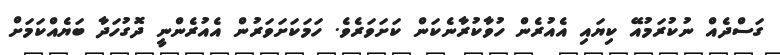
ގަސްދެއް ނުކުރަމުއޭ ކިޔައި އެއުރެން ހުވާކުރާނެކަން ކަށަވަރެވެ. ހަމަކަށަވަރުން އެއުރެންނީ ދޮގުހަދާ ބަޔެއްކަމަށް